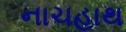
નાચહાથ